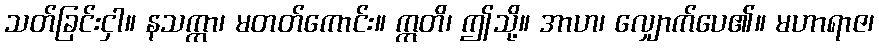
သတ်ခြင်းငှါ။ နသက္ကာ၊ မတတ်ကောင်း။ ဣတိ၊ ဤသို့။ အာဟ၊ လျှောက်ပေ၏။ မဟာရာဇ၊